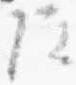
院